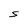
Character: S